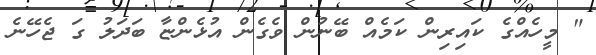
" މީހެއްގެ ކައިރިން ކަމެއް ބޭނުން ވެގެން އުޅެންޏާ ބަދަލު ގަ ޖެހޭނެ